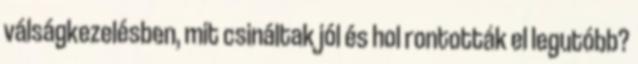
válságkezelésben, mit csináltak jól és hol rontották el legutóbb?